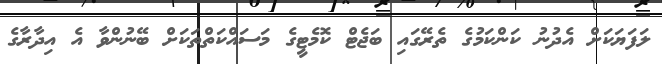
ލަފަޔަކަށް އެދުނު ކަންކަމުގެ ތެރޭގައި ބަޖެޓް ކޮމެޓީގެ މަސައްކަތްތަކަށް ބޭނުންވާ އެ އިދާރާގެ